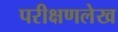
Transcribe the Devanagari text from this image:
परीक्षणलेख